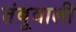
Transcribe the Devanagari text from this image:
तंबूवाली